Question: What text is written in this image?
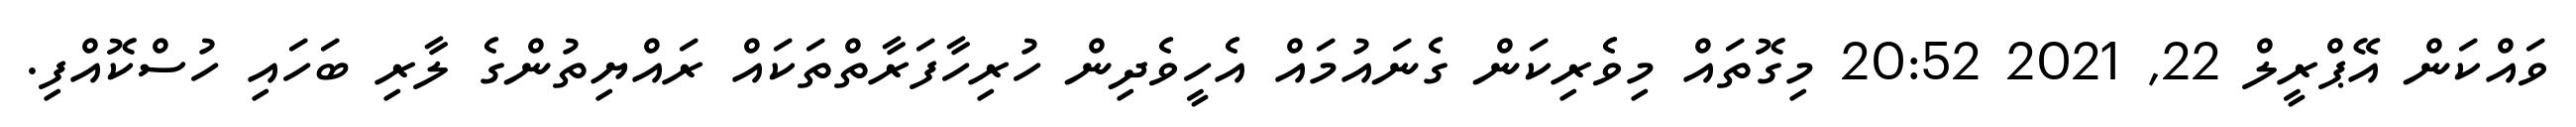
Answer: ވައްކަން އޭޕްރީލް 22, 2021 20:52 މިގޮތައް މިވެރިކަން ގެނައުމައް އެހީވެދިން ހުރިހާފަރާތްތަކައް ރައްޔިތުންގެ ލާރި ބަހައި ހުސްކޮއްފި.